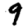
Digit: 9